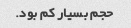
حجم بسیار کم بود.